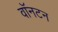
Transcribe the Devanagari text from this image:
वॉनटन